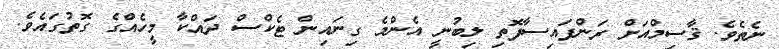
ނެތެވެ. ޤާސިމްއަށް ރަންފައިސާފޮތި ލިބުނީ އެންމެ ގިނައިން ޓެކްސް ދައްކާ މީހެއްގެ ގޮތުގައެވެ.